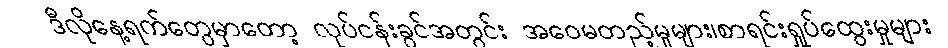
ဒီလိုနေ့ရက်တွေမှာတော့ လုပ်ငန်းခွင်အတွင်း အဝေမတည့်မှုများ၊စာရင်းရှုပ်ထွေးမှုများ